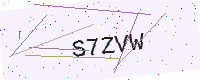
Text: S7ZVW